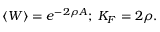
\langle W \rangle = e ^ { - 2 \rho A } ; \; K _ { F } = 2 \rho .